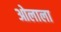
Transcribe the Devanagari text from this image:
ओलाला